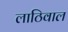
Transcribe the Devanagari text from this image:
लाठिवाल